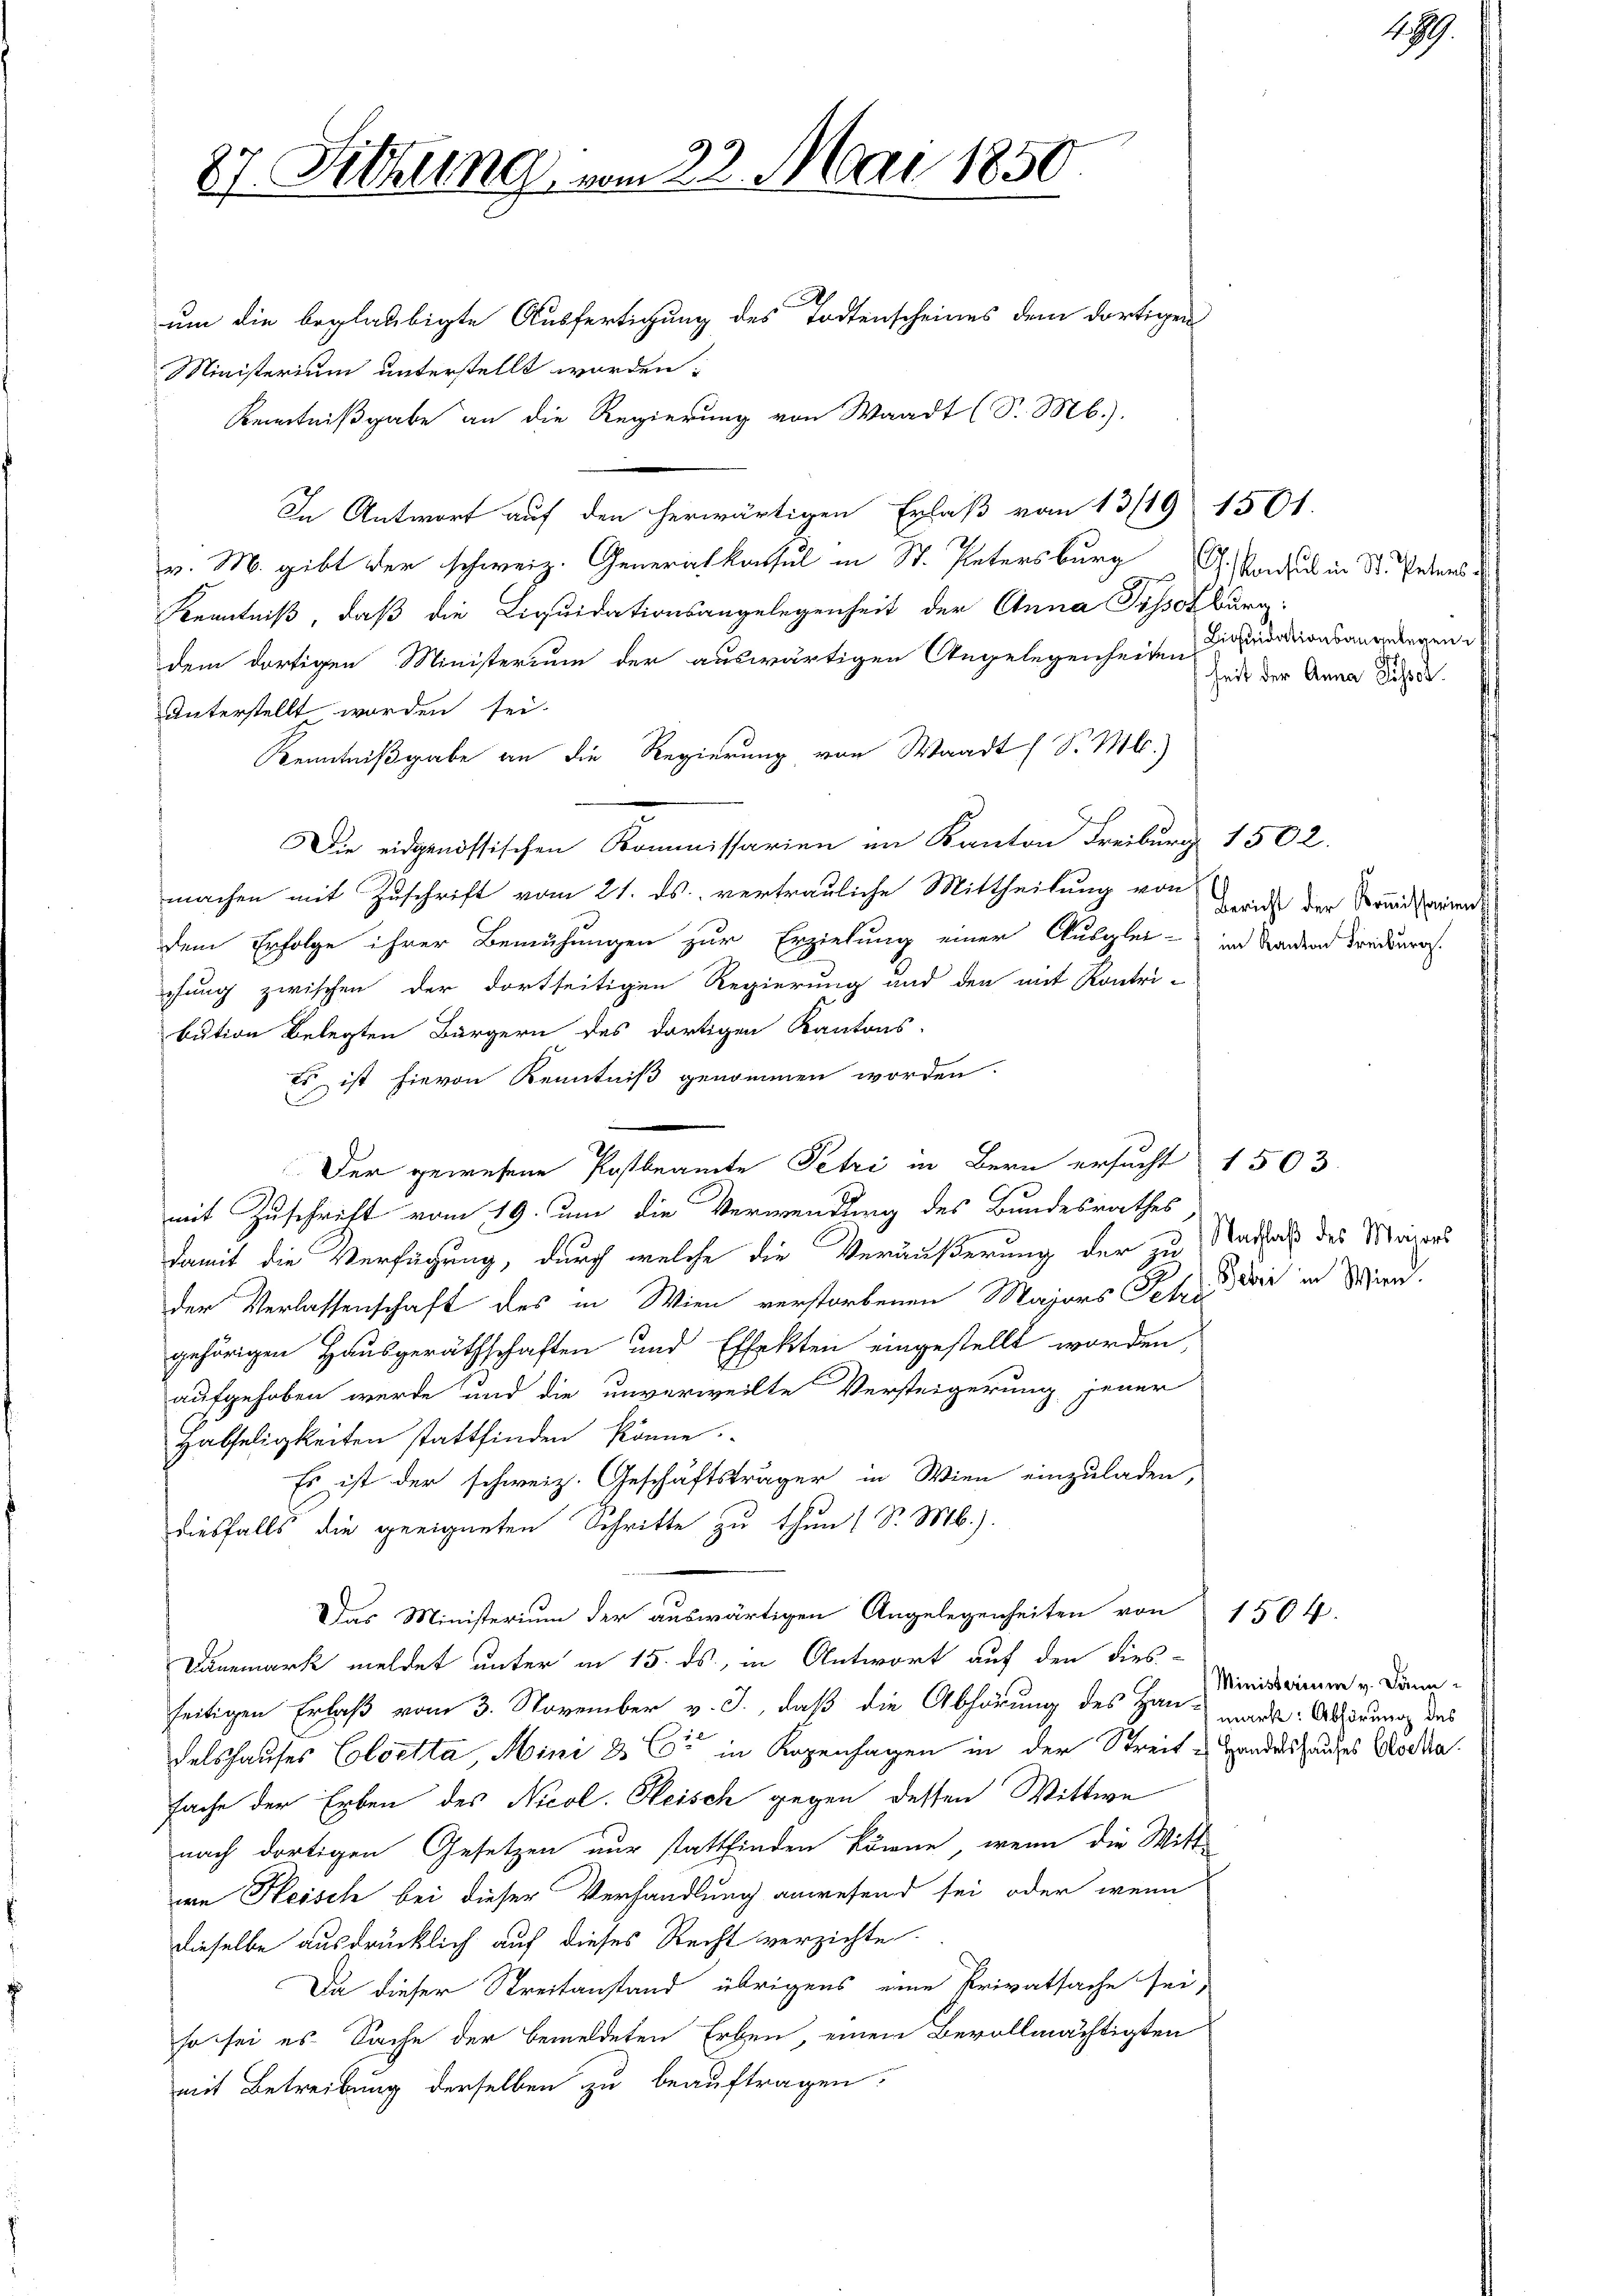
87. Sitzung vom 23. Mai 1850.
D
um die beglaubigte Ausfertigung des Todtenscheines dem dortigen
Ministerium unterstellt worden:

Kenntnißgabe an die Regierung von Waadt (S. Mb.).
In Antwort auf den herwärtigen Erlaß vom 13/19 1501.
v. M. gibt der schweiz. Generalkonsul in St. Petersburg C. Konsuls in St. Peters
Kenntniß, daß die Liquidationsangelegenheit der Anna Pissotkarg:
dem dortigen Ministerium der auswärtigen Angelegenheiten Liquidationsangegene
Unterstellt worden sei.
Kenntnißgabe an die Regierung von Waadt (S. M.)
Die eidgenössischen Kommissarien im Kanton Freiburg 1502.
machen mit Zuschrift vom 21. ds. vertrauliche Mittheilung von
dem Erfolge ihrer Bemühungen zur Erziehung einer Ausglei- in Bandend Freiburgs
chung zwischen der dortseitigen Regierung und den mit Kontri-
bution belegten Bürgern des dortigen Kantons-
Es ist hievon Kenntniß genommen worden.
mit Zuschrift vom 19. um die Verwendung des Bundesrathes
damit die Verfügung, durch welche die Veräußerung der zu Nachlaß des Waisers
der Verlassenschaft des in Wien verstorbenen Majors Schwie in Wind.
gehörigen Hausgeräthschaften und Effekten eingestellt worden,
aufgehoben werde und die unverweilte Versteigerung jener
Habseligkeiten stattfinden könne.
Es ist der schweiz. Geschäftsträger in Wien einzuladen,
diesfalls die geeigneten Schritte zu thun 1 S. M.).
Das Ministerium der auswärtigen Angelegenheiten von 1504.
Bannmark meldet unter in 15. ds., in Antwort auf den dies-
seitigen Erlaß vom 3. November v. J., daß die Abhörung des Hau- werde. Alserung des
delshauses Coloetta, Mini & Cie in Kopenhagen in der Streite Handelshauses Moda
fache der Erben des Nicol. Heisch gegen dessen Wittwe
nach dortigen Gesetzen nur stattfinden könne, wenn die Witt-
re Heisch bei dieser Verhandlung anwesend sei, oder wenn
dieselbe ausdrücklich auf dieses Recht verzichte.
Da dieser Streitanstand übrigens eine Privatsache sei,
so sei es Sache der bemeldeten Erben, einem Bevollmächtigten
mit Betreibung derselben zu beauftragen.

Der gewesene Postbeamte Petri in Bern ersucht 1503.

seit der Anna Pissor

Bericht der Kommissarium

1899.

Ministerium v. Bann¬